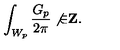
\int _ { W _ { p } } { \frac { G _ { p } } { 2 \pi } } \not { \in } { \bf Z } .